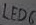
Text: LED6